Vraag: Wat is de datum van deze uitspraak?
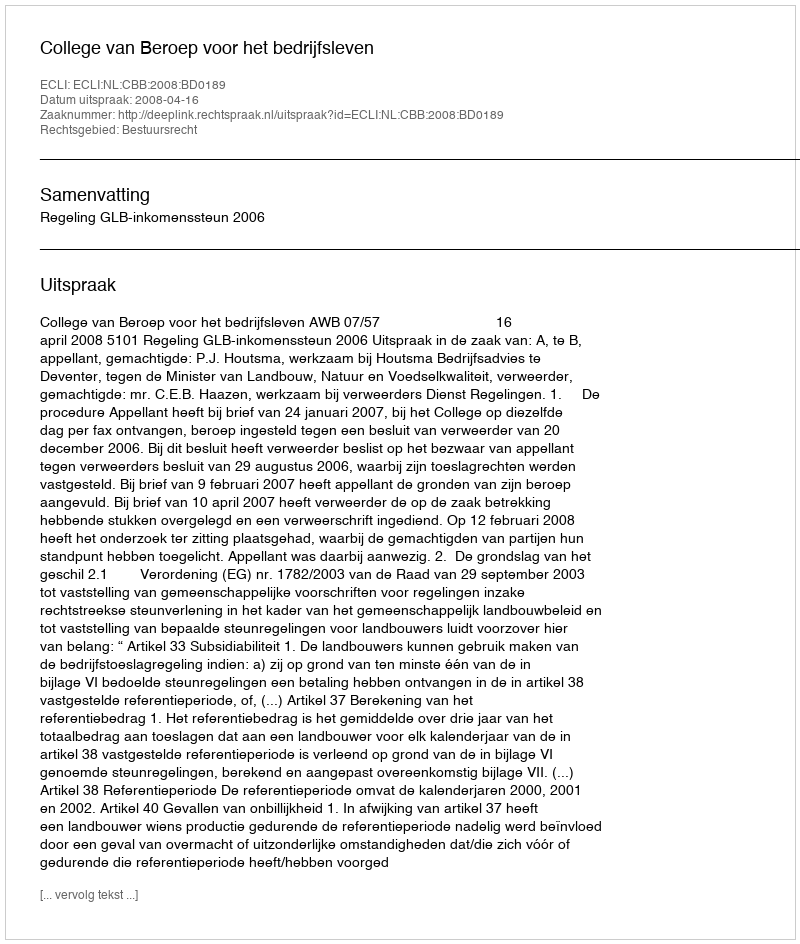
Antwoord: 2008-04-16